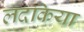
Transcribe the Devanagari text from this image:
लदकिया